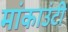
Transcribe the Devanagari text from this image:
मांकाउंटी